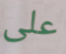
على